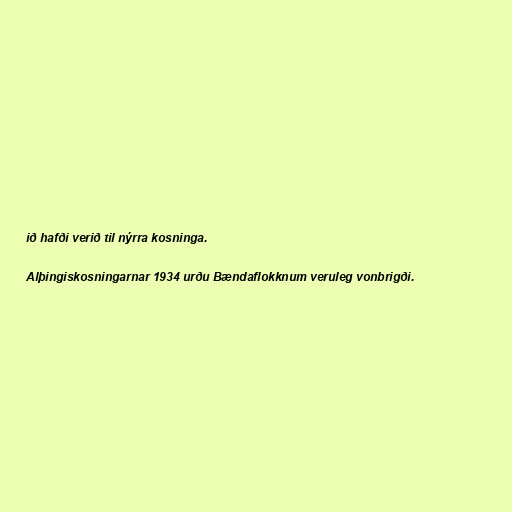
ið hafði verið til nýrra kosninga.

Alþingiskosningarnar 1934 urðu Bændaflokknum veruleg vonbrigði.